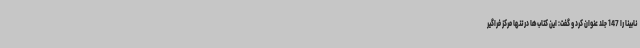
نابینا را 147 جلد عنوان کرد و گفت: این کتاب‌ها در تنها مرکز فراگیر